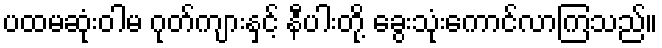
ပထမဆုံးဝါမ ဂုတ်ကျားနှင့် နီပါးတို့ ခွေးသုံးကောင်လာကြသည်။